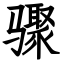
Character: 骤